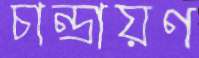
চান্দ্রায়ণ